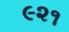
૯૨૧